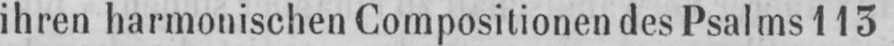
ihren harmonischen Compositionen des Psalms 113